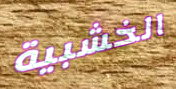
الخشبية